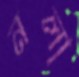
নলা